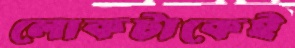
লোকটাকেই